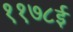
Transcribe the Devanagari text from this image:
११७८ई